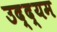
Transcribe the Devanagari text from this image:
उद्द्यम